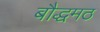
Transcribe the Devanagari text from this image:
बौद्धमठ